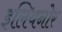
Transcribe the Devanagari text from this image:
इलियनोर